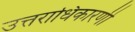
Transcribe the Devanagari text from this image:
उत्तराधिकारणी